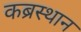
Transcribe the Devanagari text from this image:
कब्रस्थान